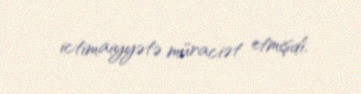
ictimaiyyətə müraciət etmişdi.